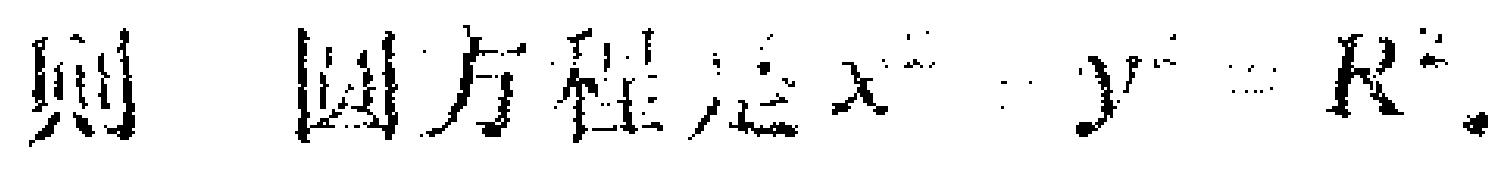
则圆方程是\(x^{2}+y^{2}=R^{2}\).